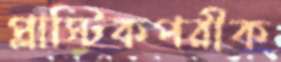
প্লাস্টিকপরীক